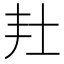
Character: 𡉘